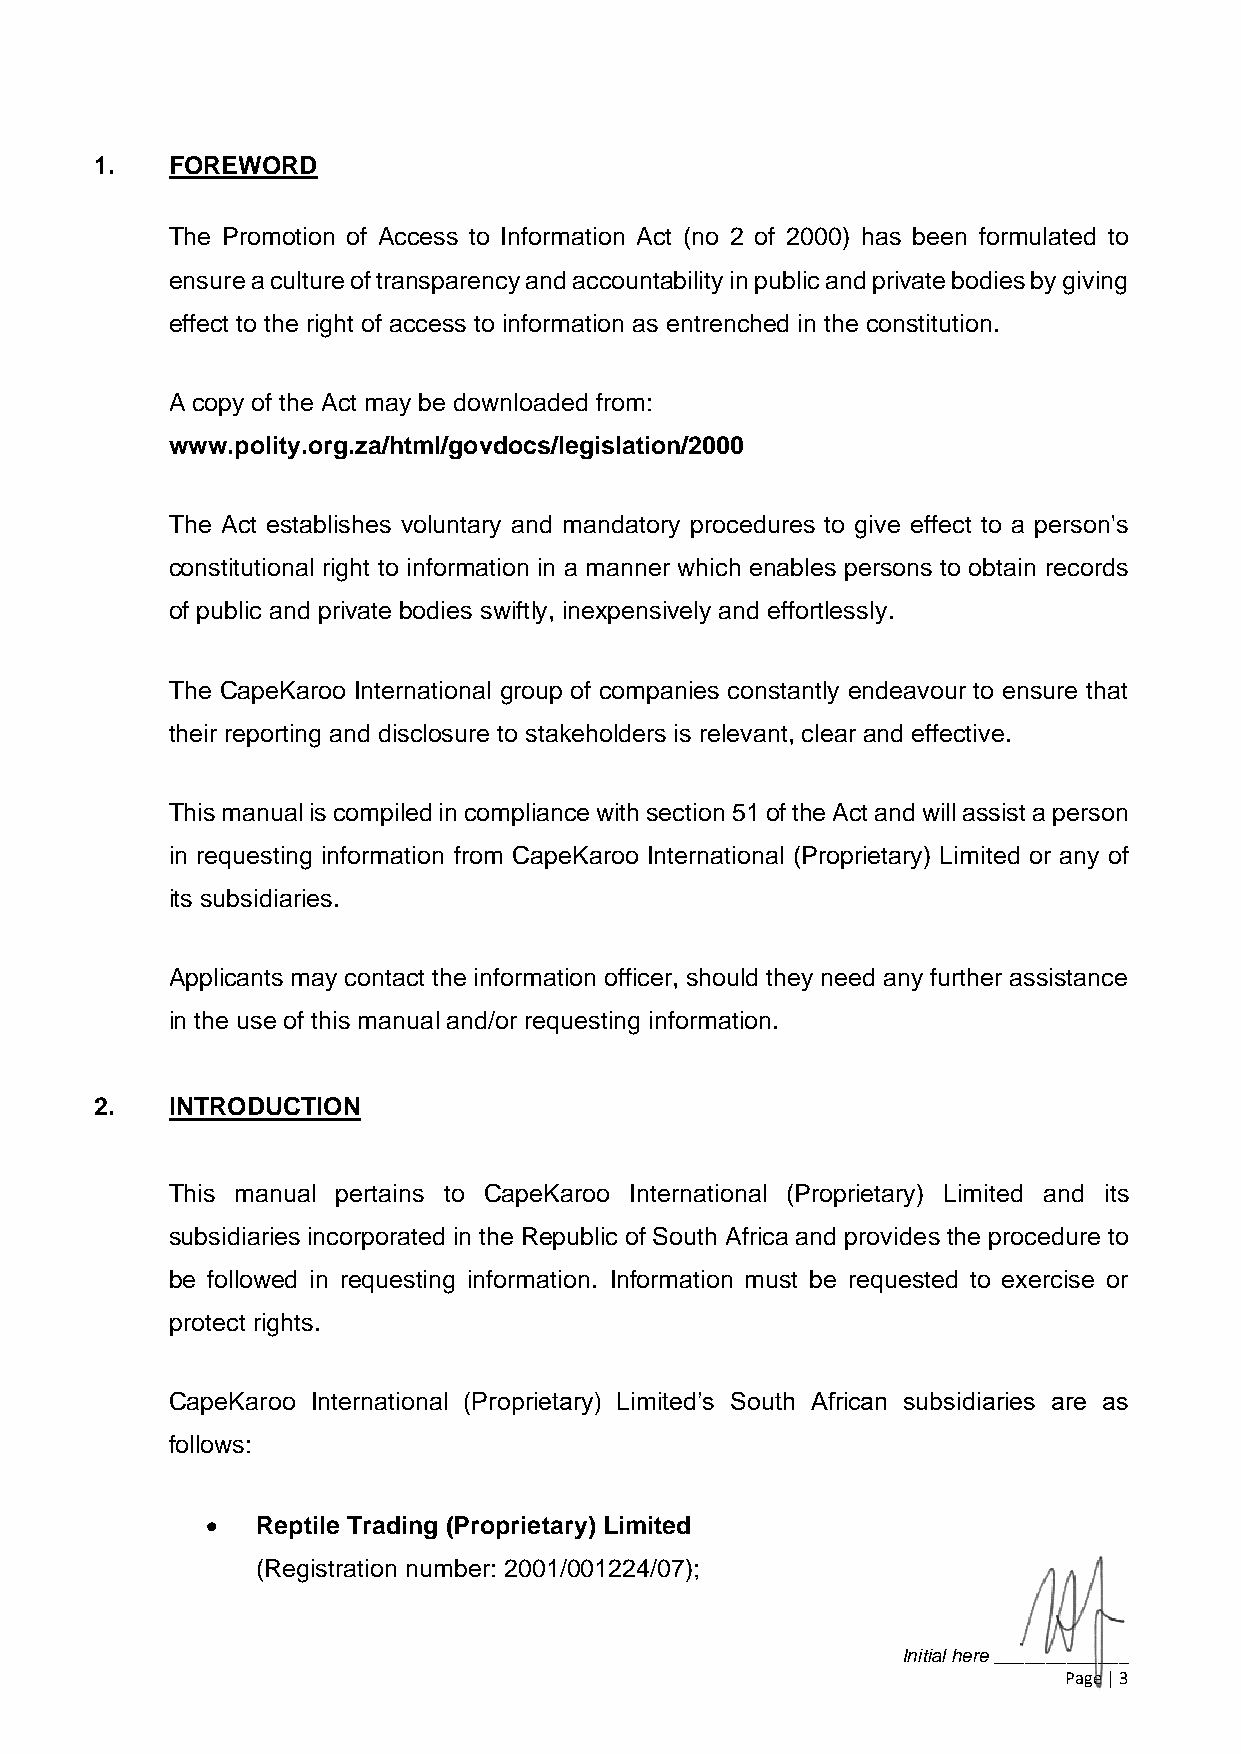
1.   FOREWORD
 The Promotion of Access to Information Act (no 2 of 2000) has been formulated to
 ensure a culture of transparency and accountability in public and private bodies by giving
 effect to the right of access to information as entrenched in the constitution.
 A copy of the Act may be downloaded from:
 www.polity.org.za/html/govdocs/legislation/2000
 The Act establishes voluntary and mandatory procedures to give effect to a person's
 constitutional right to information in a manner which enables persons to obtain records
 of public and private bodies swiftly, inexpensively and effortlessly.
 The CapeKaroo International group of companies constantly endeavour to ensure that
 their reporting and disclosure to stakeholders is relevant, clear and effective.
 This manual is compiled in compliance with section 51 of the Act and will assist a person
 in requesting information from CapeKaroo International (Proprietary) Limited or any of
 its subsidiaries.
 Applicants may contact the information officer, should they need any further assistance
 in the use of this manual and/or requesting information.
 2.   INTRODUCTION
 This manual pertains to CapeKaroo International (Proprietary) Limited and its
 subsidiaries incorporated in the Republic of South Africa and provides the procedure to
 be followed in requesting information. Information must be requested to exercise or
 protect rights.
 CapeKaroo International (Proprietary) Limited’s South African subsidiaries are as
 follows:
 •  Reptile Trading (Proprietary) Limited
 (Registration number: 2001/001224/07);
 Initial here _____________
 Page | 3